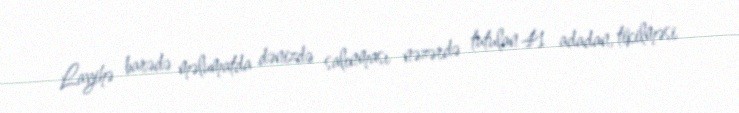
Layihə barədə məlumatda dənizdə salınması nəzərdə tutulan 41 adadan, tikilməsi